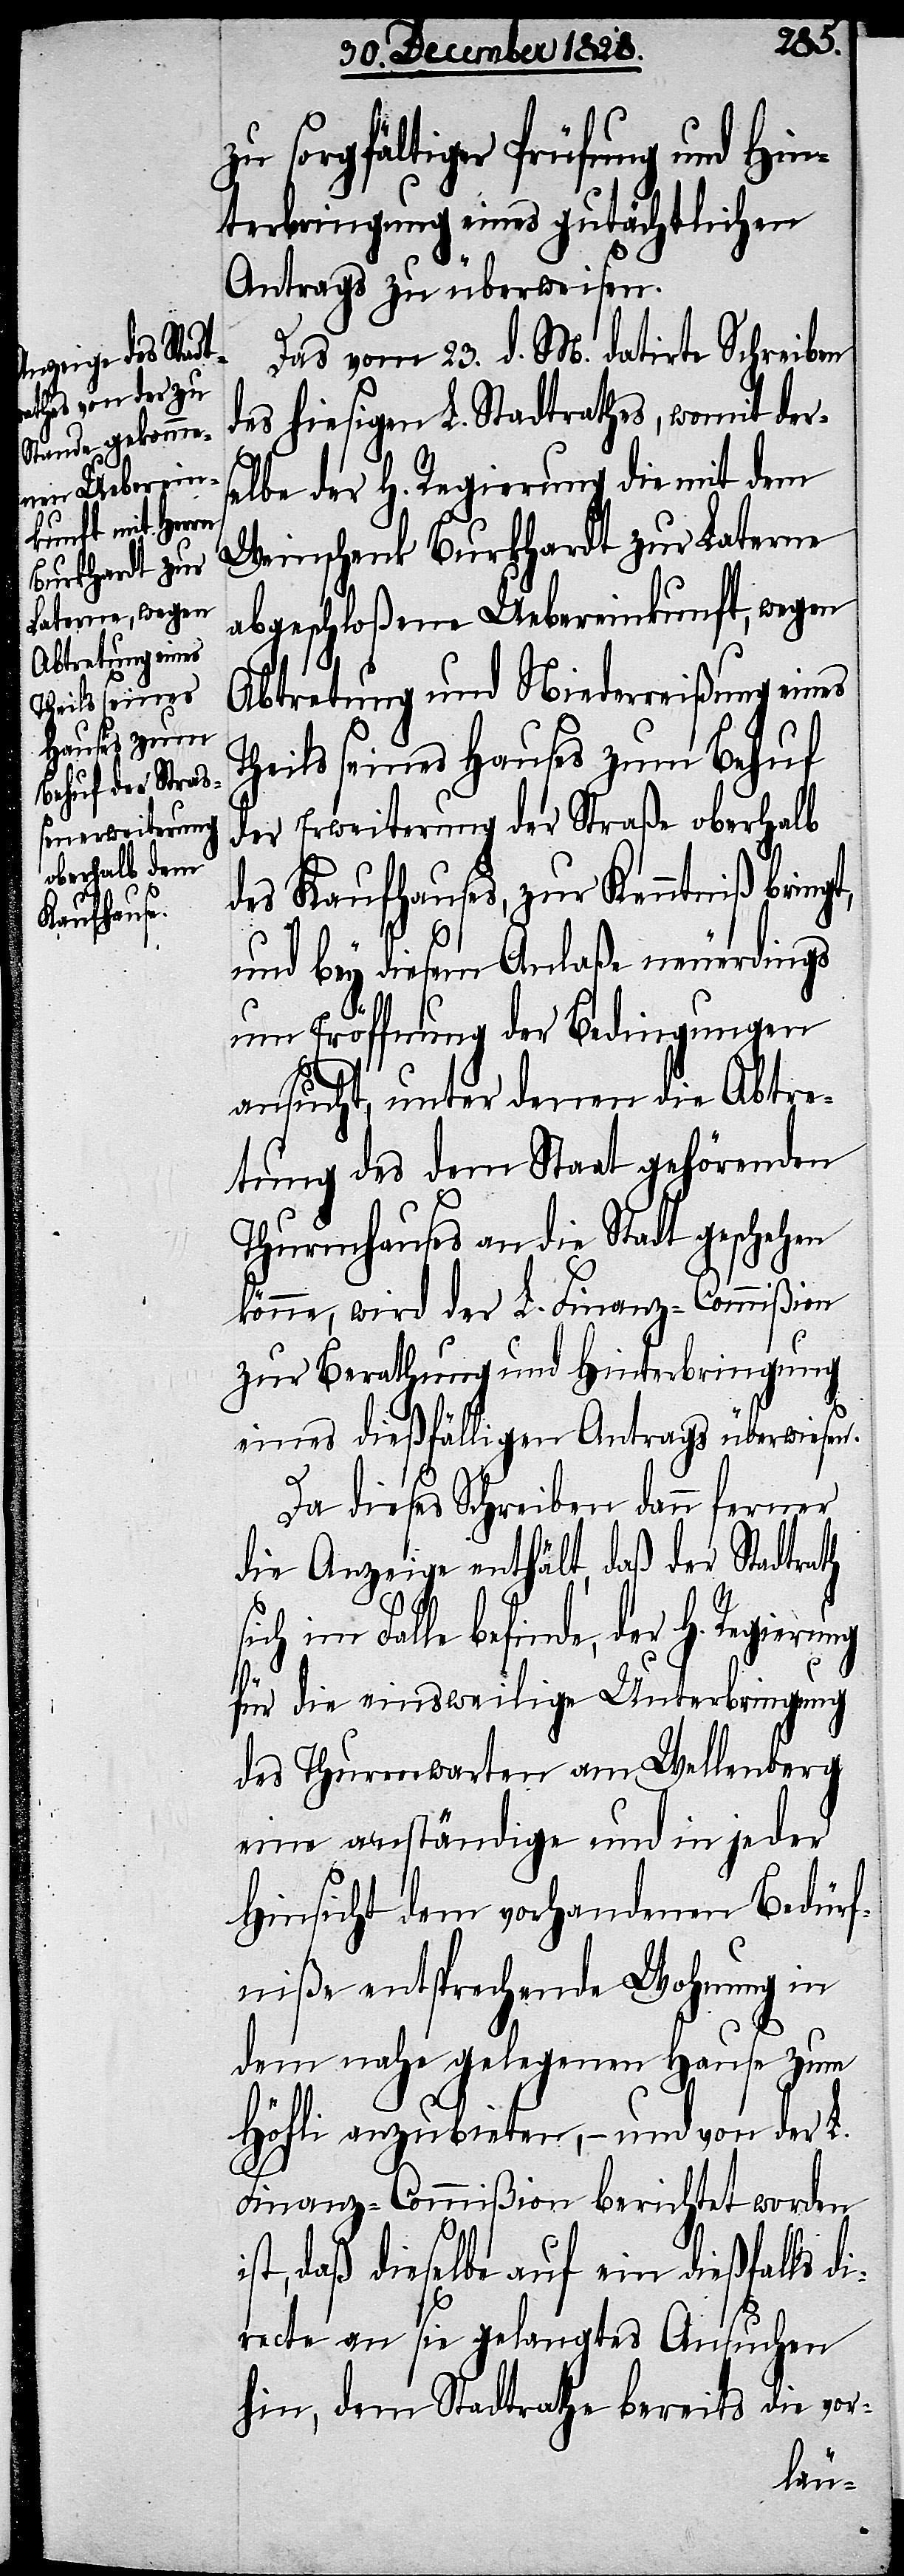
zu sorgfältiger Prüfung und Hin¬
terbringung eines gutächtlichen
Antrags zu überweisen.
Das vom 23. d. M. datirte Schreiben
des hiesigen L. Stadtrathes, womit der¬
selbe der H. Regierung die mit dem
Weinschenk Burkhardt zur Laterne
abgeschloßene Uebereinkunft, wegen
Abtretung und Niederreißung eines
Theils seines Hauses zum Behuf
der Erweiterung der Straße oberhalb
des Kaufhauses, zur Kenntniß bringt,
und bey diesem Anlaße neuerdings
um Eröffnung der Bedingungen
ansucht, unter denen die Abtre¬
tung des dem Staat gehörenden
Thurmhauses an die Stadt geschehen
könne, wird der L. Finanz-Commißion
zur Berathung und Hinterbringung
eines dießfälligen Antrags überwiesen.
Da dieses Schreiben dann ferner
die Anzeige enthält, daß der Stadtrath
i¬
sich im Falle befinde, der H. Regierung
für die einsweilige Unterbringung
des Thurmwarten am Wellenberg
eine anständige und in jeder
Hinsicht dem vorhandenen Bedürf¬
niße entsprechende Wohnung in
dem nahe gelegenen Hause zum
Höfli anzubieten, – und von der L.
Finanz-Commißion berichtet worden
st, daß dieselbe auf ein dießfalls d¬
irecte an sie gelangtes Ansuchen
hin, dem Stadtrathe bereits die vor-